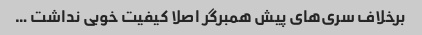
برخلاف سری‌های پیش همبرگر اصلا کیفیت خوبی نداشت …